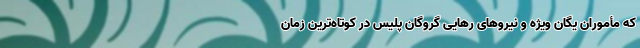
که مأموران یگان ویژه و نیروهای رهایی گروگان پلیس در کوتاه‌ترین زمان